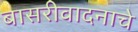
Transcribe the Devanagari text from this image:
बासरीवादनाचे